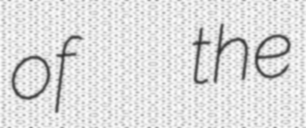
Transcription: of  the